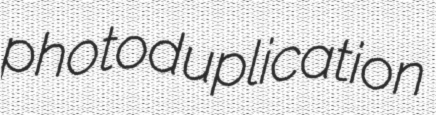
photoduplication